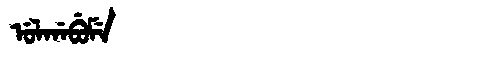
Manchu: ᡠᠯᡤᠠᠪᡠᠮᡝ
Romanization: ULGABUME